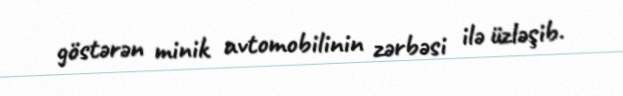
göstərən minik avtomobilinin zərbəsi ilə üzləşib.